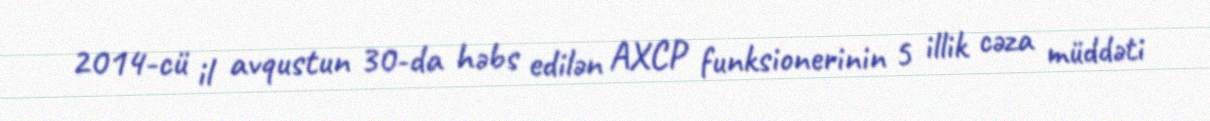
2014-cü il avqustun 30-da həbs edilən AXCP funksionerinin 5 illik cəza müddəti